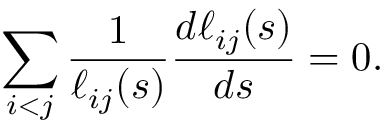
\sum _ { i < j } \frac { 1 } { \ell _ { i j } ( s ) } \frac { d \ell _ { i j } ( s ) } { d s } = 0 .